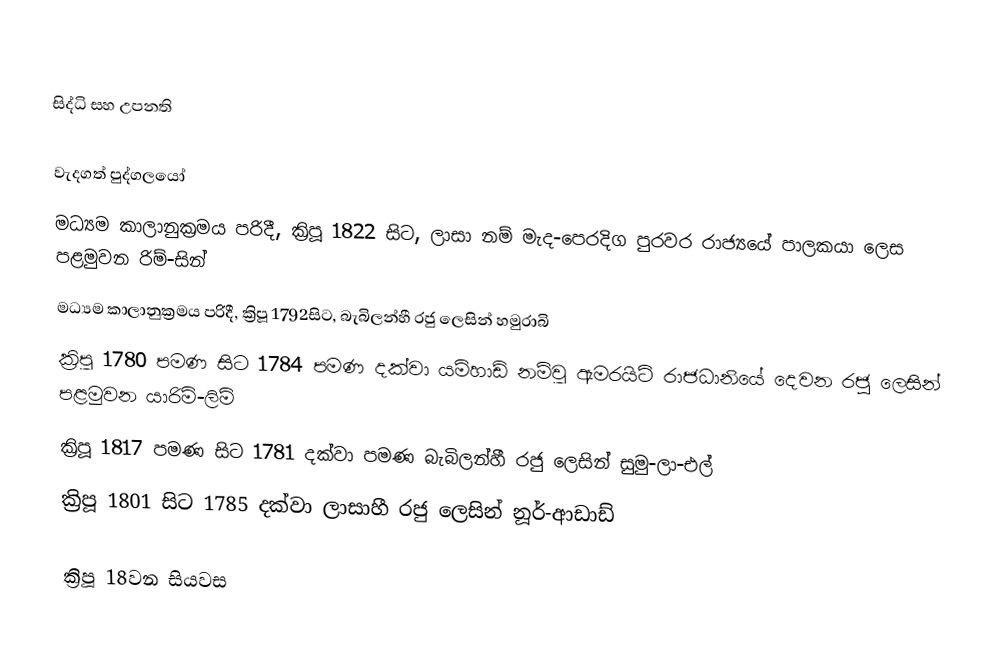

සිද්ධි සහ උපනති

වැදගත් පුද්ගලයෝ
 මධ්‍යම කාලානුක්‍රමය පරිදී, ක්‍රිපූ 1822 සිට,  ලාසා නම් මැද-පෙරදිග පුරවර රාජ්‍යයේ පාලකයා ලෙස පළමුවන රිම්-සින්
 මධ්‍යම කාලානුක්‍රමය පරිදී, ක්‍රිපූ 1792සිට, බැබිලන්හී රජු ලෙසින් හමුරාබි
 ක්‍රිපූ 1780 පමණ සිට 1784 පමණ දක්වා  යම්හාඩ් නම්වූ  ඇමරයිට් රාජධානියේ  දෙවන රජු ලෙසින් පළමුවන යාරිම්-ලිම්
 ක්‍රිපූ  1817 පමණ සිට 1781 දක්වා පමණ බැබිලන්හී රජු ලෙසින් සුමු-ලා-එල්
 ක්‍රිපූ 1801 සිට 1785 දක්වා ලාසාහී රජු ලෙසින් නූර්-ආඩාඩ්

ක්‍රිපූ 18වන සියවස